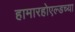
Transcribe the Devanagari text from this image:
हामारहोएल्डच्या